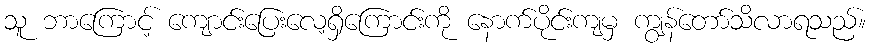
သူ ဘာကြောင့် ကျောင်းပြေးလေ့ရှိကြောင်းကို နောက်ပိုင်းကျမှ ကျွန်တော်သိလာရသည်။